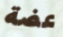
عضة